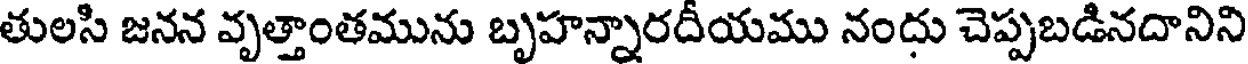
తులసి జనన వృత్తాంతమును బృహన్నారదీయము నందు చెప్పబడినదానిని